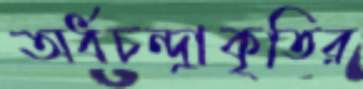
অর্ধচন্দ্রাকৃতির